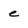
Character: e